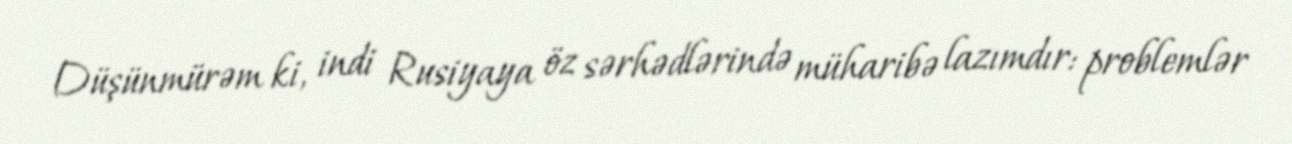
Düşünmürəm ki, indi Rusiyaya öz sərhədlərində müharibə lazımdır: problemlər